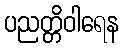
ပညတ္တိဝါရေန